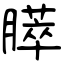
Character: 膵